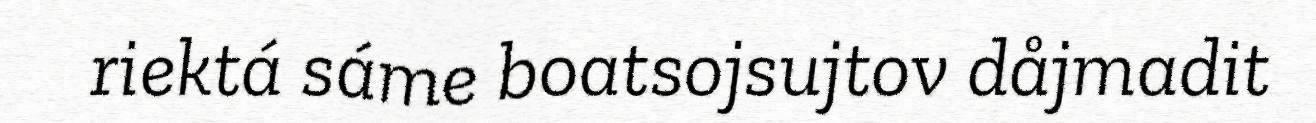
riektá sáme boatsojsujtov dåjmadit